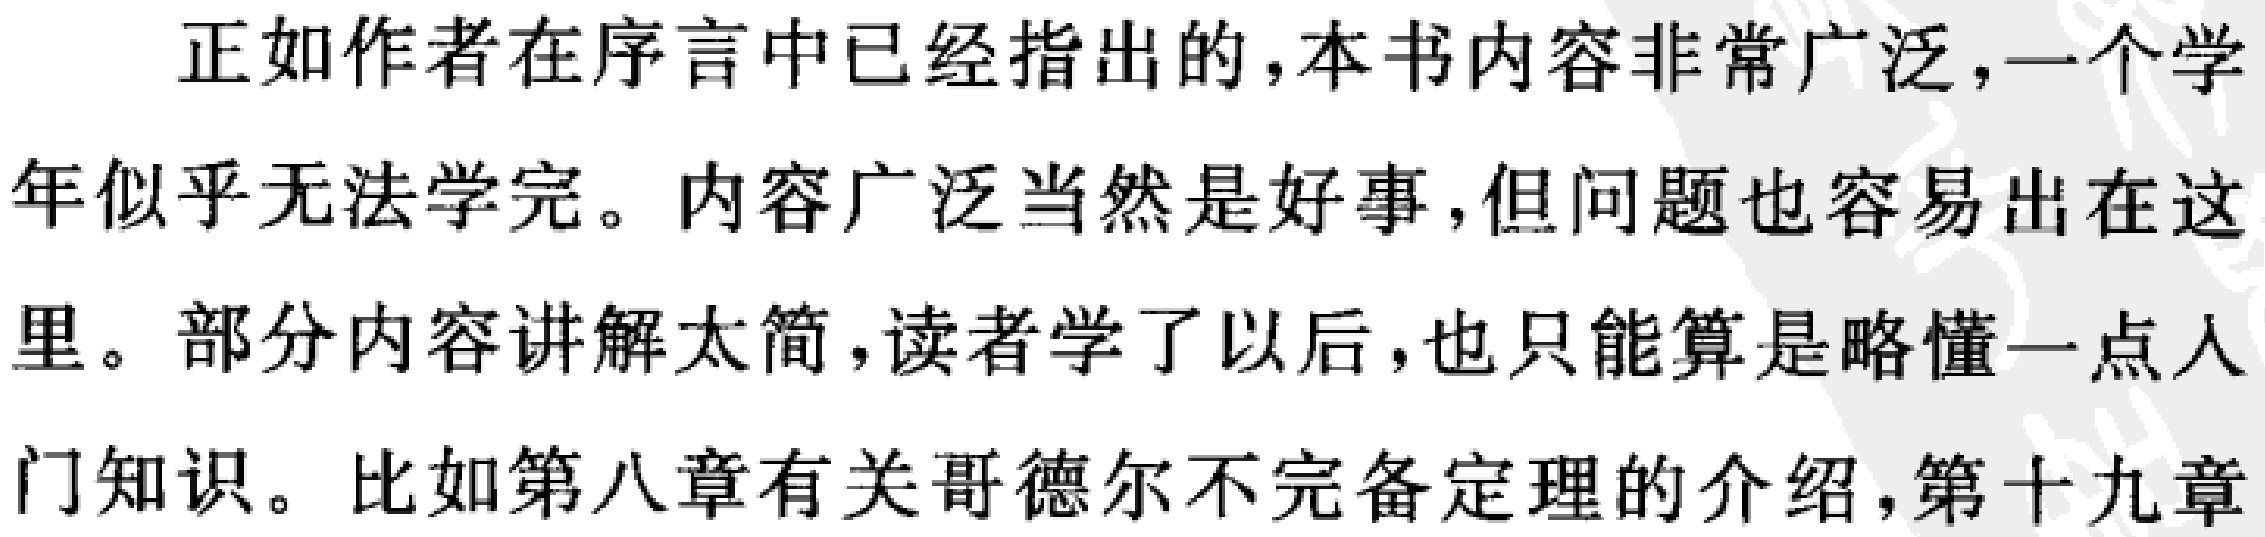
正如作者在序言中已经指出的，本书内容非常广泛，一个学年似乎无法学完。内容广泛当然是好事，但问题也容易出在这里。部分内容讲解太简，读者学了以后，也只能算是略懂一点入门知识。比如第八章有关哥德尔不完备定理的介绍，第十九章